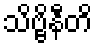
သိဗ္ဗိနီတိ